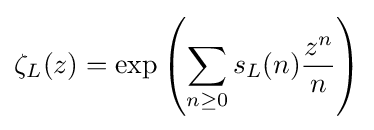
\zeta _{L}(z)=\exp \left({\sum _{n\geq 0}s_{L}(n){\frac {z^{n}}{n}}}\right)